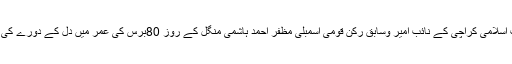
مرکز اطلاعات) جماعت اسلامی کراچی کے نائب امیر وسابق رکن قومی اسمبلی مظفر احمد ہاشمی منگل کے روز 80برس کی عمر میں دل کے دورے کی وجہ سے انتقال کرگئے۔